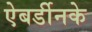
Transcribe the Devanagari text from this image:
ऐबर्डीनके